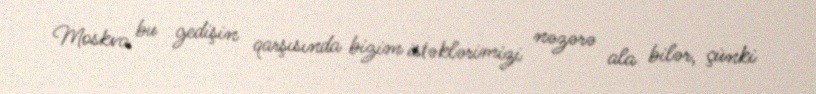
Moskva bu gedişin qarşısında bizim istəklərimizi nəzərə ala bilər, çünki